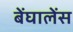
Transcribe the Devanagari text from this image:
बेंघालेंस